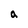
Character: a